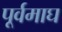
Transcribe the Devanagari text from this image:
पूर्वमाघ